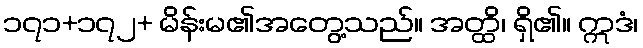
၁၇၁+၁၇၂+ မိန်းမ၏အတွေ့သည်။ အတ္ထိ၊ ရှိ၏။ ဣဒံ၊